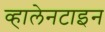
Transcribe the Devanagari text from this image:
व्हालेनटाइन